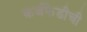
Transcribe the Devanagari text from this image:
कर्जफेडीची